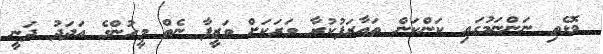
މޮޅެތި ނަންނަމުގައި ކަންކަން ތައާރަފުކުރާ ވަރަކަށް ވަޒީފާ ނެތް މީހުންގެ އަަދަދު ދަނީ